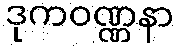
ဒုကဝဏ္ဏနာ